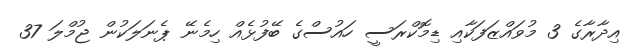
އިދާރާގެ 3 މުވައްޒަފަކާއި ޑިމޮކްރަސީ ހައުސްގެ ބޭފުޅެއް ހިމެނޭ ޕެނަލަކުން ޖުމްލަ 37